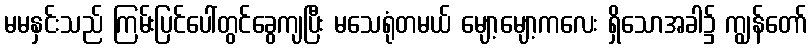
မမနှင်းသည် ကြမ်းပြင်ပေါ်တွင်ခွေကျပြီး မသေရုံတမယ် မျော့မျော့ကလေး ရှိသောအခါ၌ ကျွန်တော်